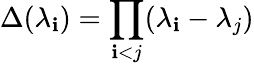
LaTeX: \Delta(\lambda_{\mathbf{i}})=\prod_{\mathbf{i}<j}(\lambda_{\mathbf{i}}-\lambda_{j})